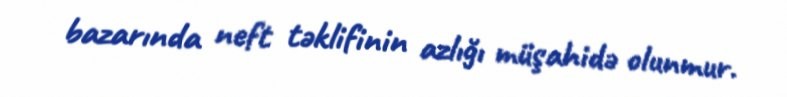
bazarında neft təklifinin azlığı müşahidə olunmur.